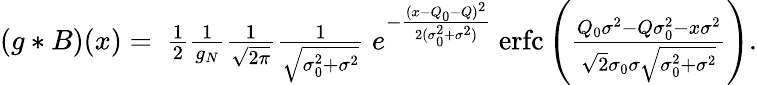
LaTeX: \begin{array}{r}{(g*B)(x)=\ \frac{1}{2}\frac{1}{g_{N}}\frac{1}{\sqrt{2\pi}}\frac{1}{\sqrt{\sigma_{0}^{2}+\sigma^{2}}}\ e^{-\frac{(x-Q_{0}-Q)^{2}}{2(\sigma_{0}^{2}+\sigma^{2})}}\ \mathrm{erfc}\left(\frac{Q_{0}\sigma^{2}-Q\sigma_{0}^{2}-x\sigma^{2}}{\sqrt{2}\sigma_{0}\sigma\sqrt{\sigma_{0}^{2}+\sigma^{2}}}\right).}\end{array}